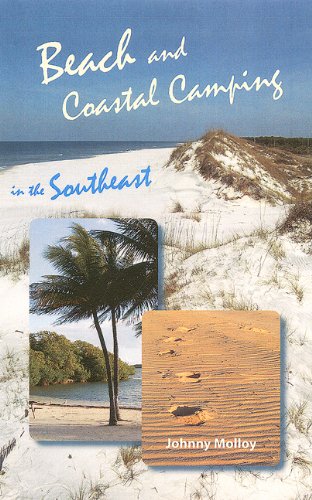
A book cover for Beach and Coastal Camping in Florida; Johnny Molloy; Sports & Outdoors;